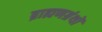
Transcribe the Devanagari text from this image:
ब्राह्मणग्रंथों